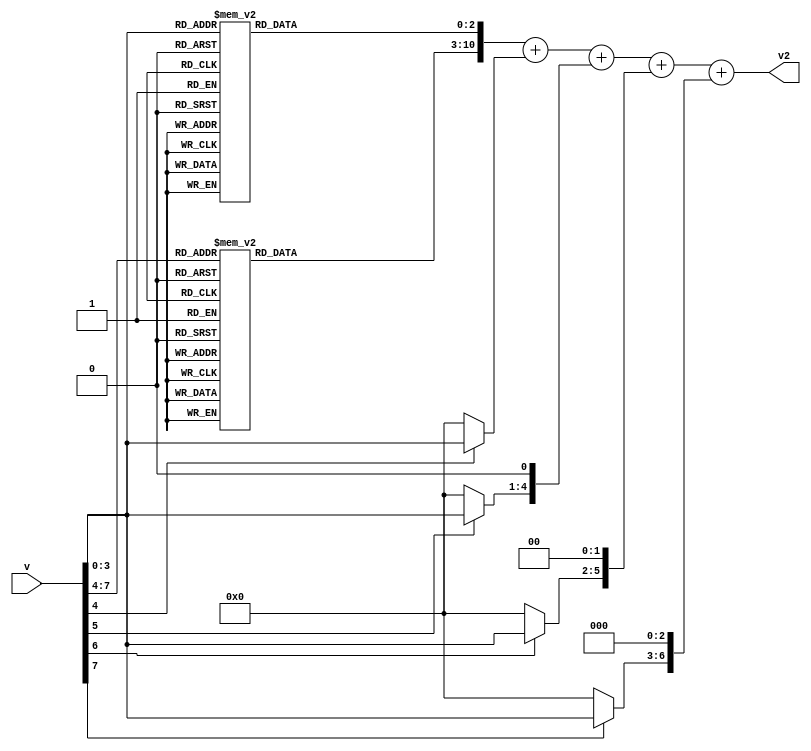
// square.v
// trip and peak hold logic based on Pythagorean error
// $Id$
// Larry Doolittle, LBNL

// llc-suite Copyright (c) 2004, The Regents of the University of
// California, through Lawrence Berkeley National Laboratory (subject
// to receipt of any required approvals from the U.S. Dept. of Energy).
// All rights reserved.

// Your use of this software is pursuant to a "BSD-style" open
// source license agreement, the text of which is in license.txt
// (md5sum a1e0e81c78f6eba050b0e96996f49fd5) that should accompany
// this file.  If the license agreement is not there, or if you
// have questions about the license, please contact Berkeley Lab's
// Technology Transfer Department at TTD@lbl.gov referring to
// "llc-suite (LBNL Ref CR-1988)"

// Combinatorial approximate squaring: 8-bit input, 11-bit output
// (rounds the 5 lsbs).  Should synthesize to about 30 logic cells
// in any modern (4-input LUT) Xilinx or Altera FPGA.

`timescale 1ns / 1ns

module square(input [7:0] v, output [10:0] v2);

wire [3:0] v_hi = v[7:4];
wire [3:0] v_lo = v[3:0];
reg [7:0] v2b;
always @(v_hi) case(v_hi)
  4'd0:  v2b = 0;
  4'd1:  v2b = 1;
  4'd2:  v2b = 4;
  4'd3:  v2b = 9;
  4'd4:  v2b = 16;
  4'd5:  v2b = 25;
  4'd6:  v2b = 36;
  4'd7:  v2b = 49;
  4'd8:  v2b = 64;
  4'd9:  v2b = 81;
  4'd10: v2b = 100;
  4'd11: v2b = 121;
  4'd12: v2b = 144;
  4'd13: v2b = 169;
  4'd14: v2b = 196;
  4'd15: v2b = 225;
endcase

reg [2:0] v2f;
always @(v_lo) case(v_lo)
  4'd0:  v2f = 0;
  4'd1:  v2f = 0;
  4'd2:  v2f = 0;
  4'd3:  v2f = 0;
  4'd4:  v2f = 1;
  4'd5:  v2f = 1;
  4'd6:  v2f = 1;
  4'd7:  v2f = 2;
  4'd8:  v2f = 2;
  4'd9:  v2f = 3;
  4'd10: v2f = 3;
  4'd11: v2f = 4;
  4'd12: v2f = 5;
  4'd13: v2f = 5;
  4'd14: v2f = 6;
  4'd15: v2f = 7;
endcase

wire [3:0] p0 = { (v[4] ? v_lo : 4'b0)       };
wire [4:0] p1 = { (v[5] ? v_lo : 4'b0), 1'b0 };
wire [5:0] p2 = { (v[6] ? v_lo : 4'b0), 2'b0 };
wire [6:0] p3 = { (v[7] ? v_lo : 4'b0), 3'b0 };

assign v2 = {v2b,v2f} + p0 + p1 + p2 + p3;

endmodule